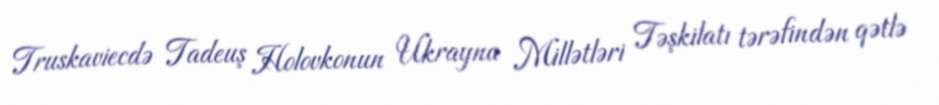
Truskaviecdə Tadeuş Holovkonun Ukrayna Millətləri Təşkilatı tərəfindən qətlə